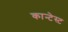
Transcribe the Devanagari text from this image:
कान्टेस्ट